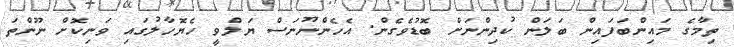
ތިމާގެ މައިންބަފައިން ބަލަން ކުދިންނަށް ބޮޑުވެގެން. އެހެންނޫނަސް ޔަލްވީ ހެޔޮހާލުގައި ވަނިކޮށް ނޫންތަ